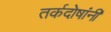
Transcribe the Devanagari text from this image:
तर्कदोषांनी